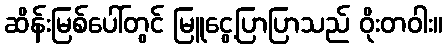
ဆိန်းမြစ်ပေါ်တွင် မြူငွေ့ပြာပြာသည် ဝိုးတဝါး။